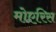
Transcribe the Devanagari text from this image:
मोएरिस